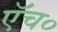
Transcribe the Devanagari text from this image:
एॅच०